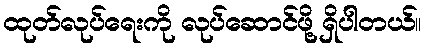
ထုတ်လုပ်ရေးကို လုပ်ဆောင်ဖို့ ရှိပါတယ်။